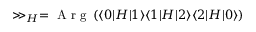
\gg _ { H } = \mathrm { ~ A ~ r ~ g ~ } \left( \langle 0 \lvert H \lvert 1 \rangle \langle 1 \lvert H \lvert 2 \rangle \langle 2 \lvert H \lvert 0 \rangle \right)